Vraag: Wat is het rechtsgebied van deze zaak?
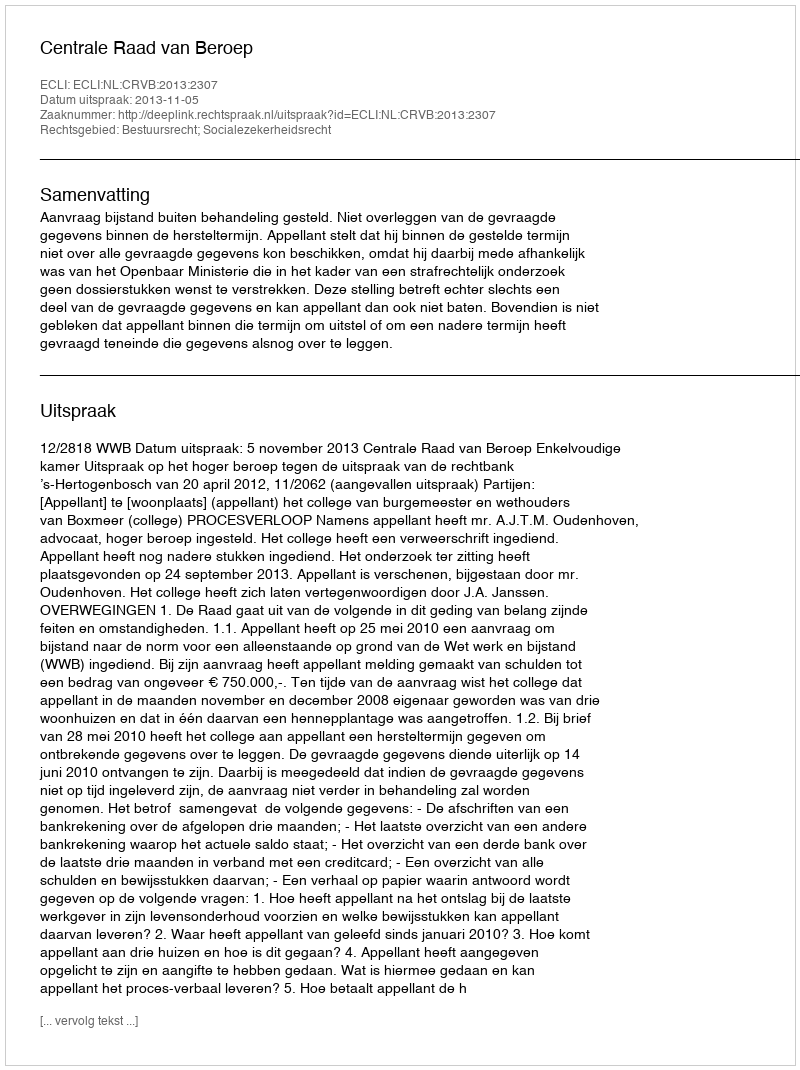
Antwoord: Bestuursrecht; Socialezekerheidsrecht